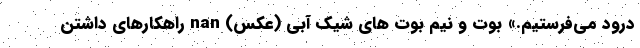
درود می‌فرستیم.» بوت و نیم بوت های شیک آبی (عکس) nan راهکارهای داشتن